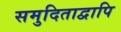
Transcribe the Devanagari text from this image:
समुदिताद्वापि